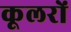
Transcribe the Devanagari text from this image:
कूलरों